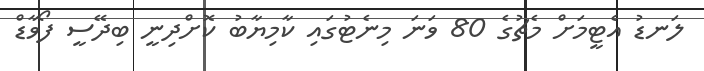
ލަނޑު އެޓީމަށް މެޗުގެ 80 ވަނަ މިނެޓުގައި ކާމިޔާބު ކޮށްދިނީ ބިދޭސީ ފޯވާޑް